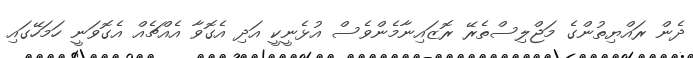
ދެން ރައްޔިތުންގެ މަޖްލިސްތެރޭ ރޮޒައިނާމެންވެސް އުޅެނީކީ އަދި އެގޮވާ އެއްޗެއް އެގޮވަނީ ހަމަހޭގައި